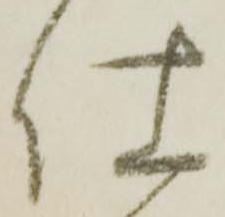
仕